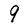
Character: 9